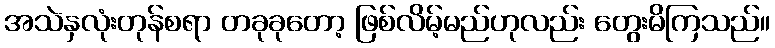
အသဲနှလုံးတုန်စရာ တခုခုတော့ ဖြစ်လိမ့်မည်ဟုလည်း တွေးမိကြသည်။